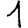
Digit: 1